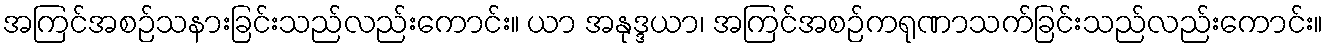
အကြင်အစဉ်သနားခြင်းသည်လည်းကောင်း။ ယာ အနုဒ္ဒယာ၊ အကြင်အစဉ်ကရုဏာသက်ခြင်းသည်လည်းကောင်း။